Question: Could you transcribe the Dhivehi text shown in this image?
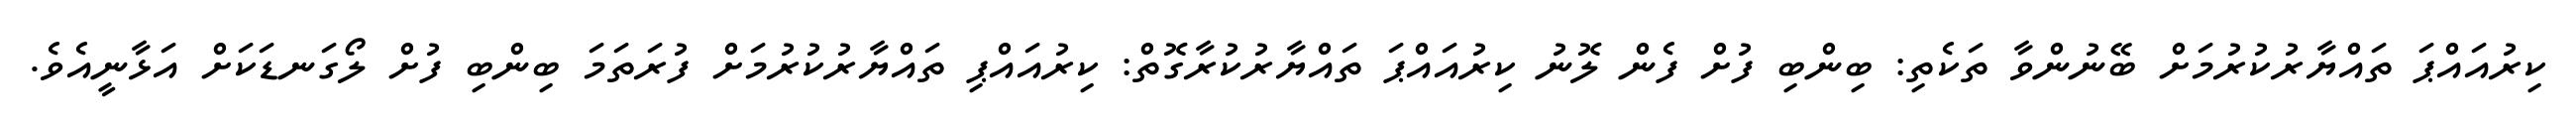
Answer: ކިރުއައްޕަ ތައްޔާރުކުރުމަށް ބޭނުންވާ ތަކެތި: ބިންބި ފުށް ފެން ލޮނު ކިރުއައްޕަ ތައްޔާރުކުރާގޮތް: ކިރުއައްޕި ތައްޔާރުކުރުމަށް ފުރަތަމަ ބިންބި ފުށް ލޯގަނޑަކަށް އަޅާނީއެވެ.